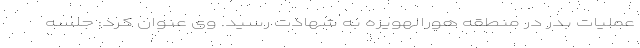
عملیات بدر در منطقه هورالهویزه به شهادت رسید. وی عنوان کرد: جلسه